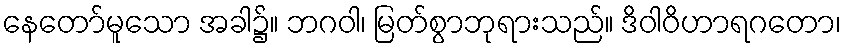
နေတော်မူသော အခါ၌။ ဘဂဝါ၊ မြတ်စွာဘုရားသည်။ ဒိဝါဝိဟာရဂတော၊